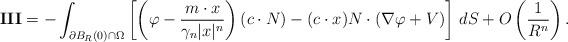
LaTeX: \begin{align*}\mathbf{III} & = -\int_{\partial B_R(0) \cap \Omega} \left[ \left( \varphi - {m \cdot x\over \gamma_n |x|^n} \right) (c \cdot N) - (c \cdot x) N \cdot ( \nabla \varphi + V) \right] \, dS + O\left(\frac{1}{R^n} \right).\end{align*}